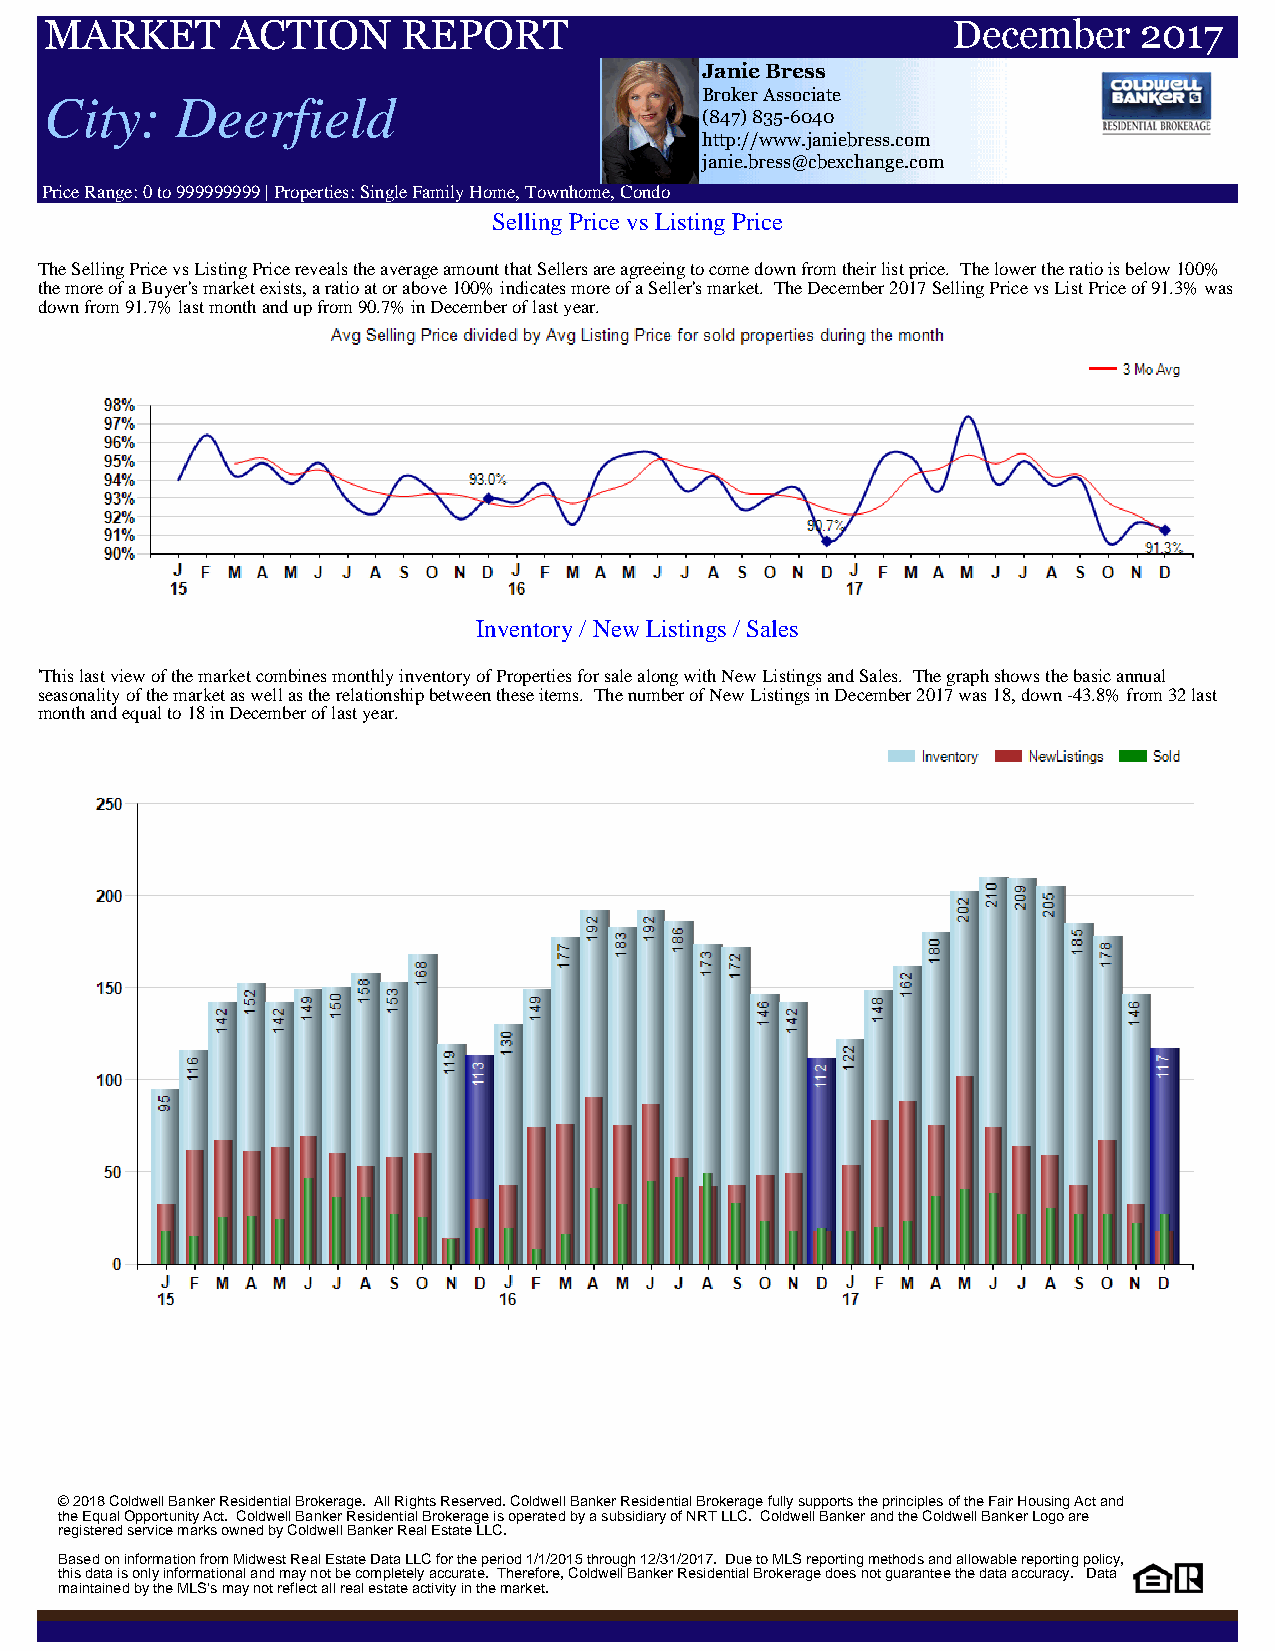
MARKET      ACTION      REPORT                              December    2017
 Janie Bress
 City:    Deerfield                         Broker Associate
 (847) 835-6040
 http://www.janiebress.com
 janie.bress@cbexchange.com
 Price Range: 0 to 999999999 | Properties: Single Family Home, Townhome, Condo
 Selling Price vs Listing Price
 The Selling Price vs Listing Price reveals the average amount that Sellers are agreeing to come down from their list price. The lower the ratio is below 100%
 the more of a Buyer's market exists, a ratio at or above 100% indicates more of a Seller's market. The December 2017 Selling Price vs List Price of 91.3% was
 down from 91.7% last month and up from 90.7% in December of last year.
 Inventory / New Listings / Sales
 'This last view of the market combines monthly inventory of Properties for sale along with New Listings and Sales. The graph shows the basic annual
 seasonality of the market as well as the relationship between these items. The number of New Listings in December 2017 was 18, down -43.8% from 32 last
 month and equal to 18 in December of last year.
 © 2018 Coldwell Banker Residential Brokerage. All Rights Reserved. Coldwell Banker Residential Brokerage fully supports the principles of the Fair Housing Act and
 the Equal Opportunity Act. Coldwell Banker Residential Brokerage is operated by a subsidiary of NRT LLC. Coldwell Banker and the Coldwell Banker Logo are
 registered service marks owned by Coldwell Banker Real Estate LLC.
 Based on information from Midwest Real Estate Data LLC for the period 1/1/2015 through 12/31/2017. Due to MLS reporting methods and allowable reporting policy,
 this data is only informational and may not be completely accurate. Therefore, Coldwell Banker Residential Brokerage does not guarantee the data accuracy. Data
 maintained by the MLS's may not reflect all real estate activity in the market.